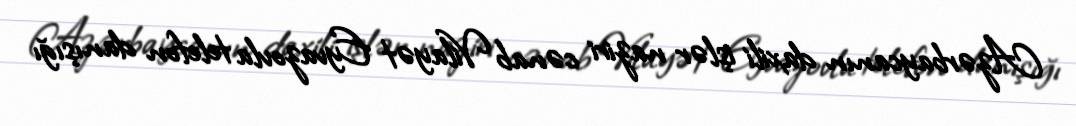
Azərbaycanın daxili işlər naziri cənab Vilayət Eyvazovla telefon danışığı